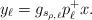
LaTeX: \begin{align*} y_\ell = g_{s_{\rho,\ell}} p_\ell^+ x.\end{align*}